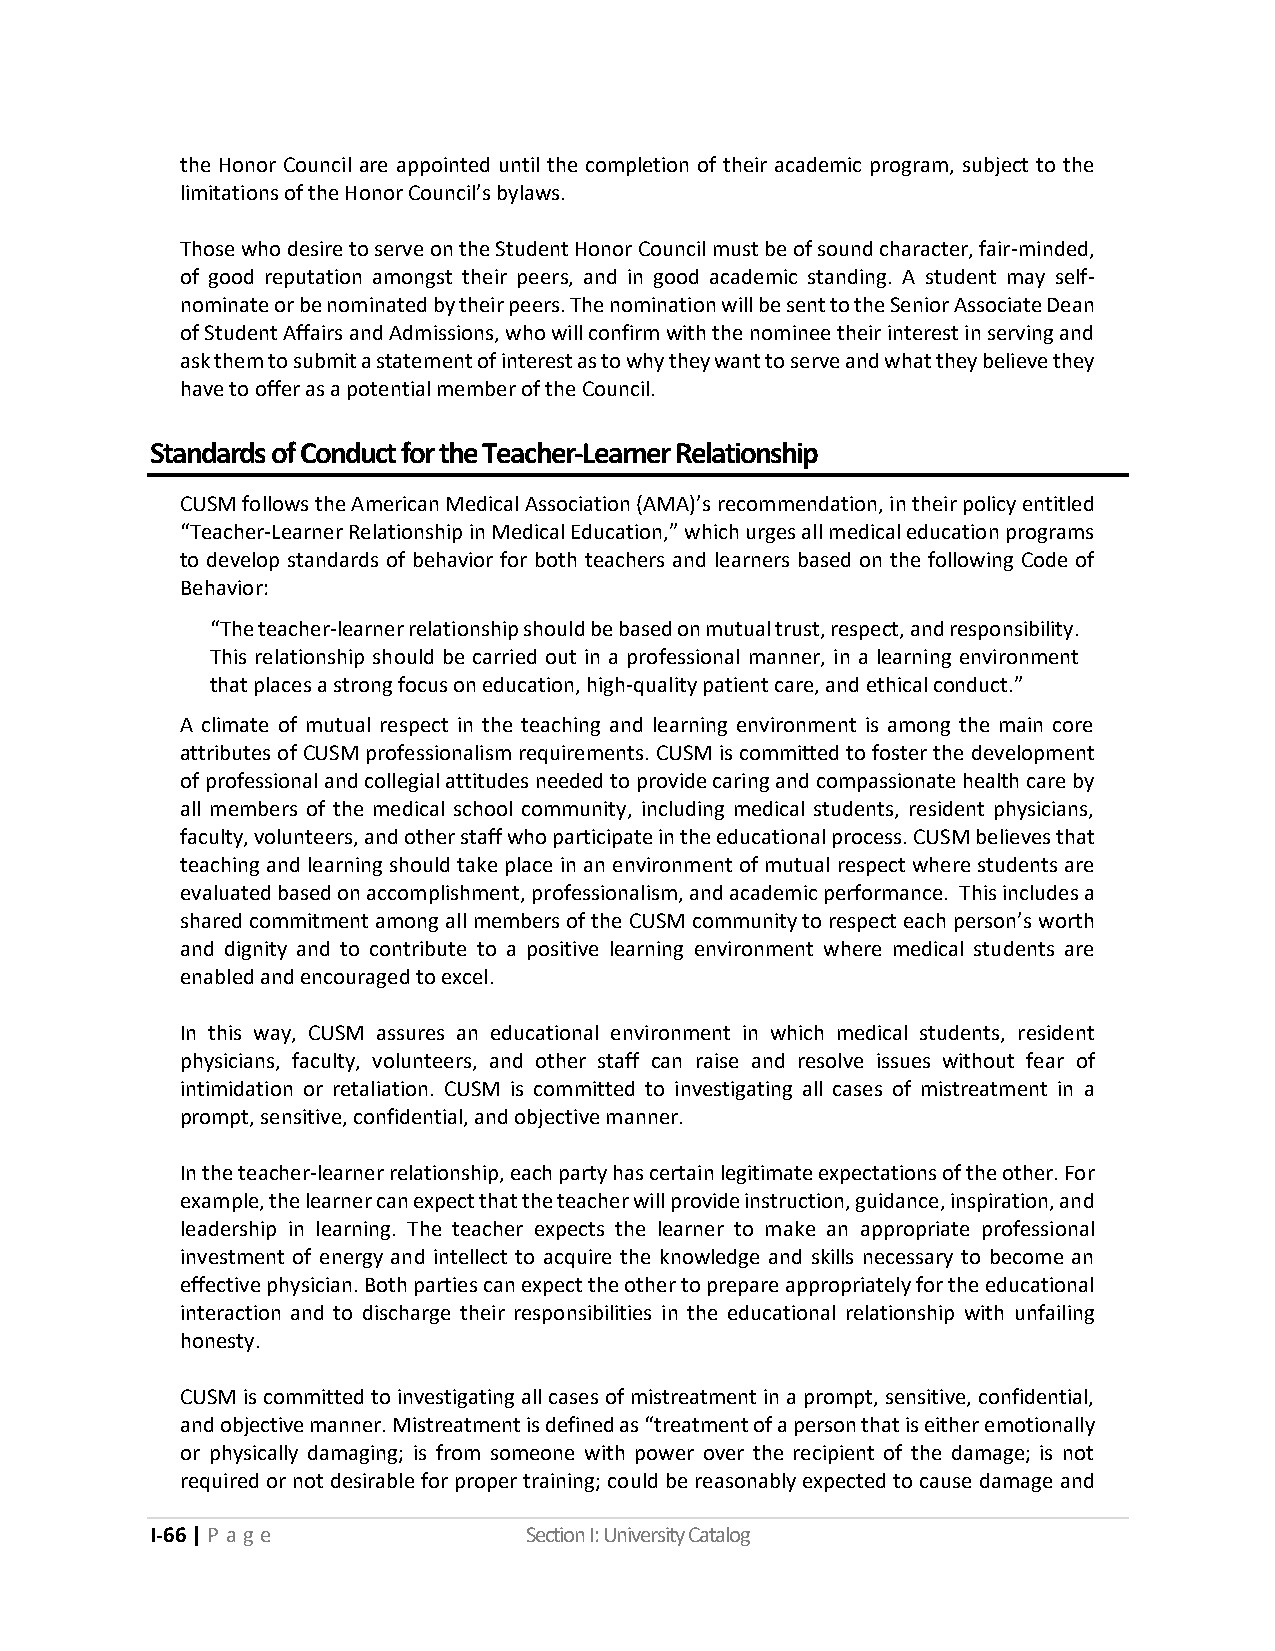
the Honor Council are appointed until the completion of their academic program, subject to the
 limitations of the Honor Council’s bylaws.
 Those who desire to serve on the Student Honor Council must be of sound character, fair-minded,
 of good reputation amongst their peers, and in good academic standing. A student may self-
 nominate or be nominated by their peers. The nomination will be sent to the Senior Associate Dean
 of Student Affairs and Admissions, who will confirm with the nominee their interest in serving and
 ask them to submit a statement of interest as to why they want to serve and what they believe they
 have to offer as a potential member of the Council.
 Standards of Conduct for the Teacher-Learner Relationship
 CUSM follows the American Medical Association (AMA)’s recommendation, in their policy entitled
 “Teacher-Learner Relationship in Medical Education,” which urges all medical education programs
 to develop standards of behavior for both teachers and learners based on the following Code of
 Behavior:
 “The teacher-learner relationship should be based on mutual trust, respect, and responsibility.
 This relationship should be carried out in a professional manner, in a learning environment
 that places a strong focus on education, high-quality patient care, and ethical conduct.”
 A climate of mutual respect in the teaching and learning environment is among the main core
 attributes of CUSM professionalism requirements. CUSM is committed to foster the development
 of professional and collegial attitudes needed to provide caring and compassionate health care by
 all members of the medical school community, including medical students, resident physicians,
 faculty, volunteers, and other staff who participate in the educational process. CUSM believes that
 teaching and learning should take place in an environment of mutual respect where students are
 evaluated based on accomplishment, professionalism, and academic performance. This includes a
 shared commitment among all members of the CUSM community to respect each person’s worth
 and dignity and to contribute to a positive learning environment where medical students are
 enabled and encouraged to excel.
 In this way, CUSM assures an educational environment in which medical students, resident
 physicians, faculty, volunteers, and other staff can raise and resolve issues without fear of
 intimidation or retaliation. CUSM is committed to investigating all cases of mistreatment in a
 prompt, sensitive, confidential, and objective manner.
 In the teacher-learner relationship, each party has certain legitimate expectations of the other. For
 example, the learner can expect that the teacher will provide instruction, guidance, inspiration, and
 leadership in learning. The teacher expects the learner to make an appropriate professional
 investment of energy and intellect to acquire the knowledge and skills necessary to become an
 effective physician. Both parties can expect the other to prepare appropriately for the educational
 interaction and to discharge their responsibilities in the educational relationship with unfailing
 honesty.
 CUSM is committed to investigating all cases of mistreatment in a prompt, sensitive, confidential,
 and objective manner. Mistreatment is defined as “treatment of a person that is either emotionally
 or physically damaging; is from someone with power over the recipient of the damage; is not
 required or not desirable for proper training; could be reasonably expected to cause damage and
 I-66 | P a ge            Section I: University Catalog